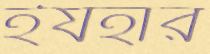
ইযহার